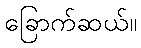
ခြောက်ဆယ်။